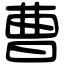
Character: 曹